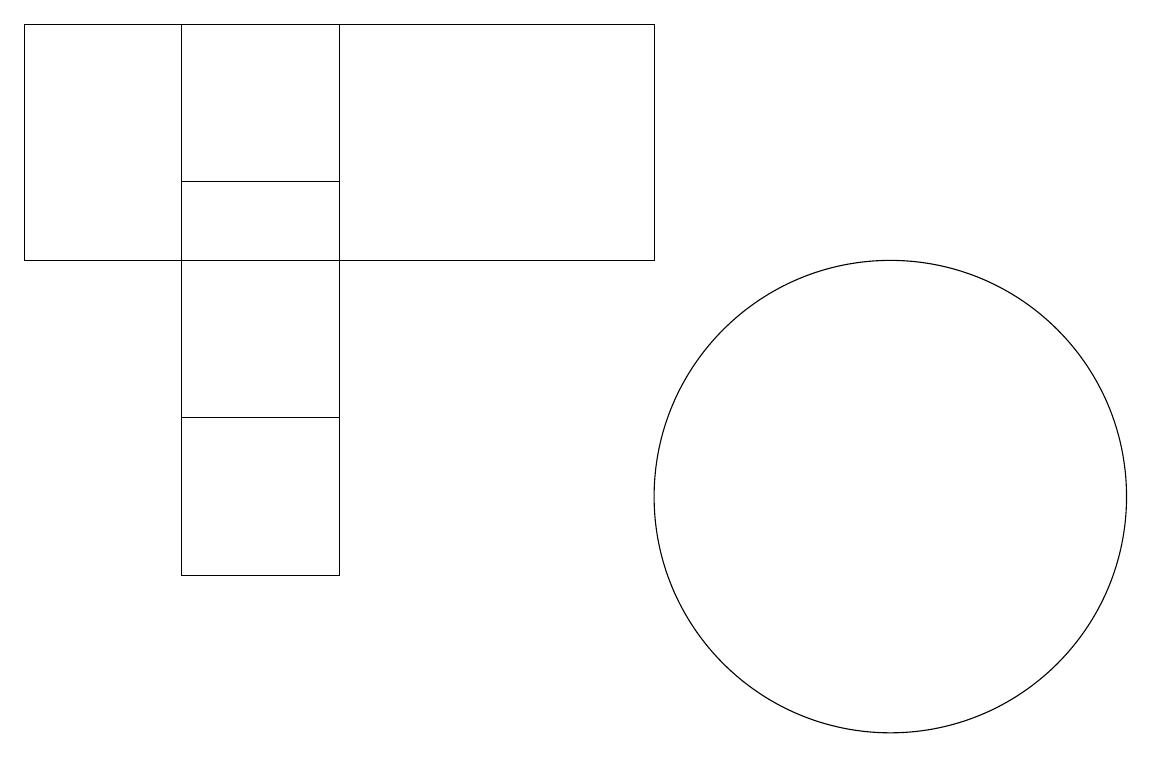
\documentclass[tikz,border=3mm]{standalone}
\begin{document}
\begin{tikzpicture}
\draw (8,15) rectangle (0,18);
\draw (11,12) circle (3);
\draw (11,10) circle (0);
\draw (4,11) rectangle (2,18);
\draw (2,16) rectangle (4,13);
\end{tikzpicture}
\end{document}